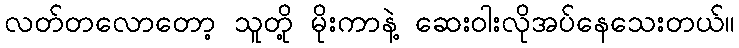
လတ်တလောတော့ သူတို့ မိုးကာနဲ့ ဆေးဝါးလိုအပ်နေသေးတယ်။